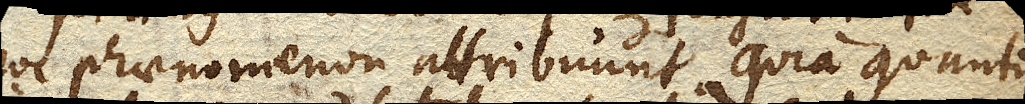
hoc phaenomenon attribuunt, quia quantum